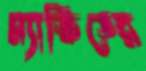
ম্যাস্কিডের